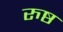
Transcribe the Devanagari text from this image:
रुष्ठ